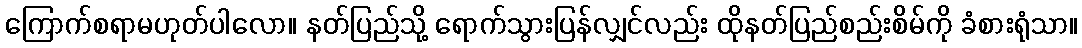
ကြောက်စရာမဟုတ်ပါလော။ နတ်ပြည်သို့ ရောက်သွားပြန်လျှင်လည်း ထိုနတ်ပြည်စည်းစိမ်ကို ခံစားရုံသာ။